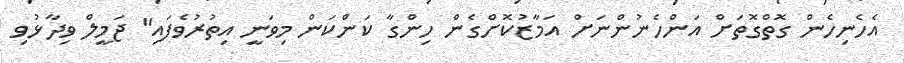
އެހެނިހެން ގޮތްގޮތަށް އަންހެނުންނަށް އަމާޒުކޮށްގެން ހިންގާ ކަންކަން މިވަނީ އިތުރުވެފައި" ޖަމީލް ވިދާޅުވި